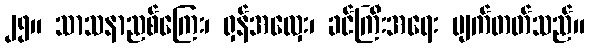
၂၅။ သာသနာညစ်ကြေး၊ ရှန်အလှေး၊ ခင်ကြီးအရေး ပျက်တတ်သည်။